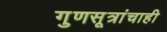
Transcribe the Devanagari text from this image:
गुणसूत्रांचाही